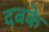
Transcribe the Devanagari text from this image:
दबके